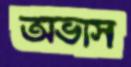
অভাস